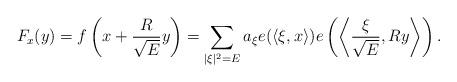
LaTeX: \begin{align*}F_x(y)= f\left( x+ \frac{R}{\sqrt{E}}y\right)= \sum_{ |\xi|^2=E} a_{\xi}e(\langle\xi,x\rangle)e\left(\left\langle\frac{\xi}{\sqrt{E}},Ry\right\rangle\right). \end{align*}